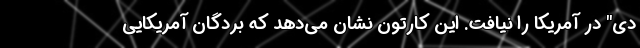
دی" در آمریکا را نیافت. این کارتون نشان می‌دهد که بردگان آمریکایی